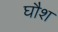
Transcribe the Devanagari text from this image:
घौश